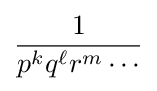
{\frac {1}{p^{k}q^{\ell }r^{m}\cdots }}